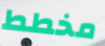
مخطط